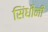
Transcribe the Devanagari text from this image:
सिंधींनी